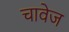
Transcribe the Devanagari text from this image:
चावेज